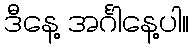
ဒီနေ့ အင်္ဂါနေ့ပါ။